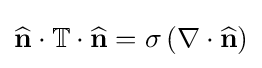
{\widehat {\bf {n}}}\cdot \mathbb {T} \cdot {\widehat {\bf {n}}}=\sigma \left(\nabla \cdot {\widehat {\bf {n}}}\right)